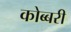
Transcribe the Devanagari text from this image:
कोब्बरी